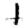
Digit: 1